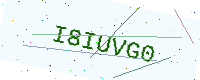
Text: I8IUVG0